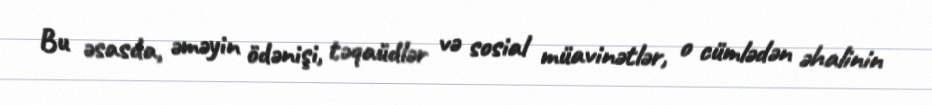
Bu əsasda, əməyin ödənişi, təqaüdlər və sosial müavinətlər, o cümlədən əhalinin